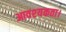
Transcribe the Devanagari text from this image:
आवश्‍यकता।